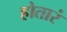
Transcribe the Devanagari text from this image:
होतारं